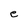
Character: e